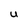
Character: U